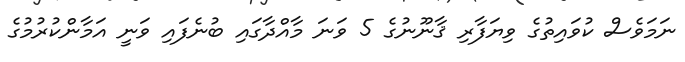
ނަމަވެސް ކުވައިތުގެ ވިޔަފާރި ޤާނޫނުގެ 5 ވަނަ މާއްދާގައި ބުނެފައި ވަނީ އަމާންކުރުމުގެ